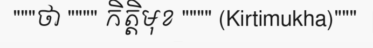
"""ថា """" កិត្តិមុខ """" (Kirtimukha)"""